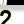
Digit: 2